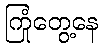
ကြုံတွေ့နေ